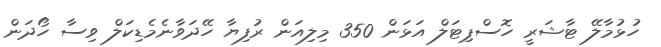
ހުޅުމާލޭ ޓާޝަރީ ހޮސްޕިޓަލް އަޅަން 350 މިލިއަން ރުފިޔާ ހޭދަވާނެމެޑިކަލް ވިސާ ހޯދަން